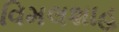
વિમલશાહ